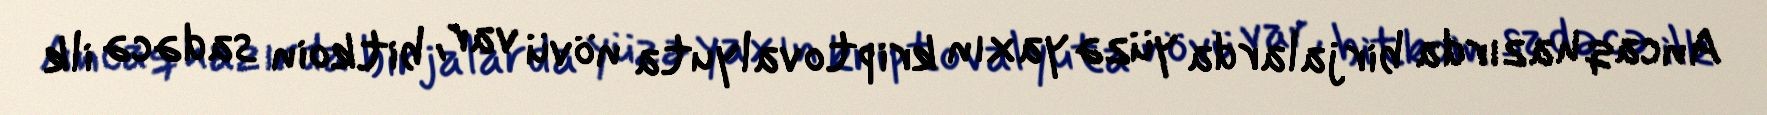
Ancaq hazırda birjalarda yüzə yaxın kriptovalyuta növü var, bitkoin sadəcə ilk